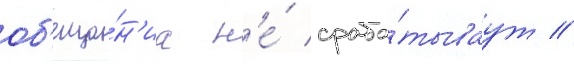
об'еща́н'иа н'е́ сраба́тываут /